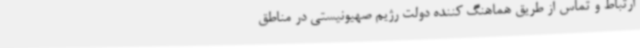
ارتباط و تماس از طریق هماهنگ‌ کننده دولت رژیم صهیونیستی در مناطق